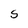
Character: S